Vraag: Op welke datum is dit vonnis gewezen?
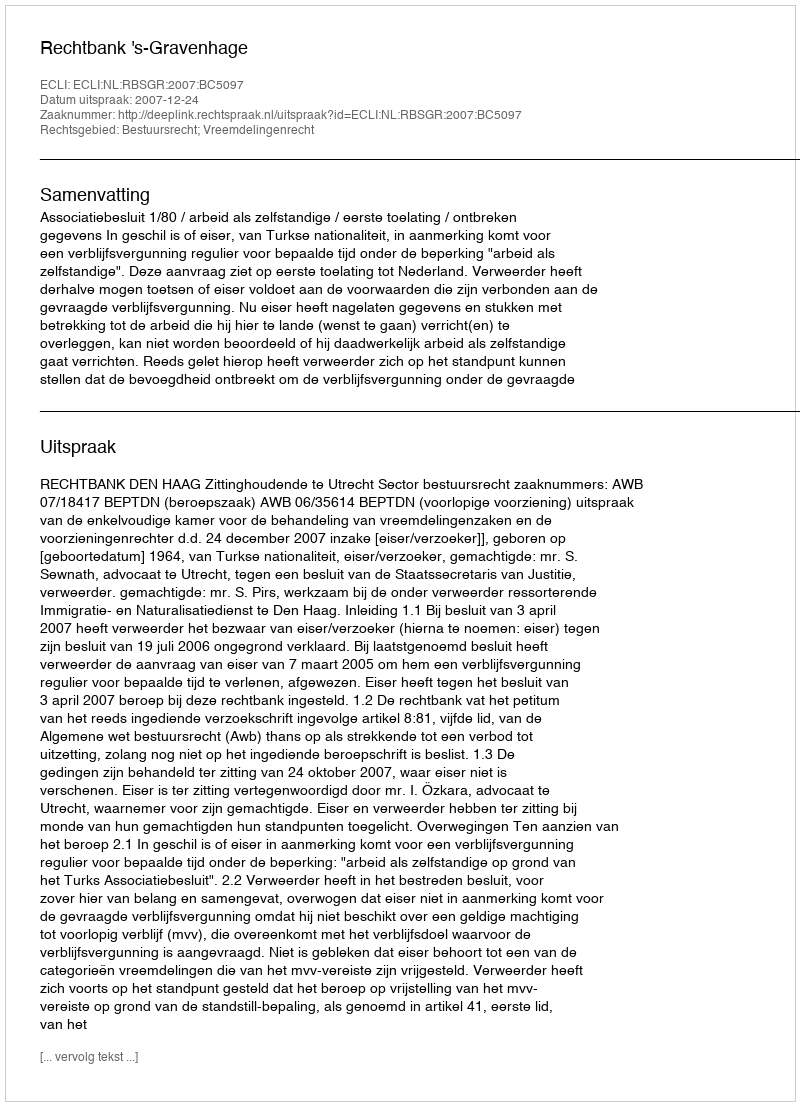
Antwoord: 2007-12-24